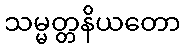
သမ္မတ္တနိယတော